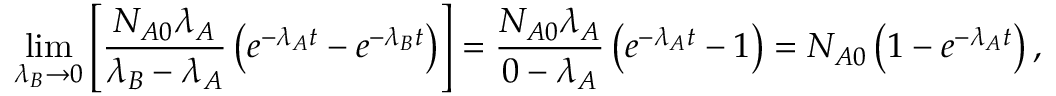
\operatorname* { l i m } _ { \lambda _ { B } \rightarrow 0 } \left[ { \frac { N _ { A 0 } \lambda _ { A } } { \lambda _ { B } - \lambda _ { A } } } \left( e ^ { - \lambda _ { A } t } - e ^ { - \lambda _ { B } t } \right) \right] = { \frac { N _ { A 0 } \lambda _ { A } } { 0 - \lambda _ { A } } } \left( e ^ { - \lambda _ { A } t } - 1 \right) = N _ { A 0 } \left( 1 - e ^ { - \lambda _ { A } t } \right) ,